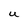
Character: U